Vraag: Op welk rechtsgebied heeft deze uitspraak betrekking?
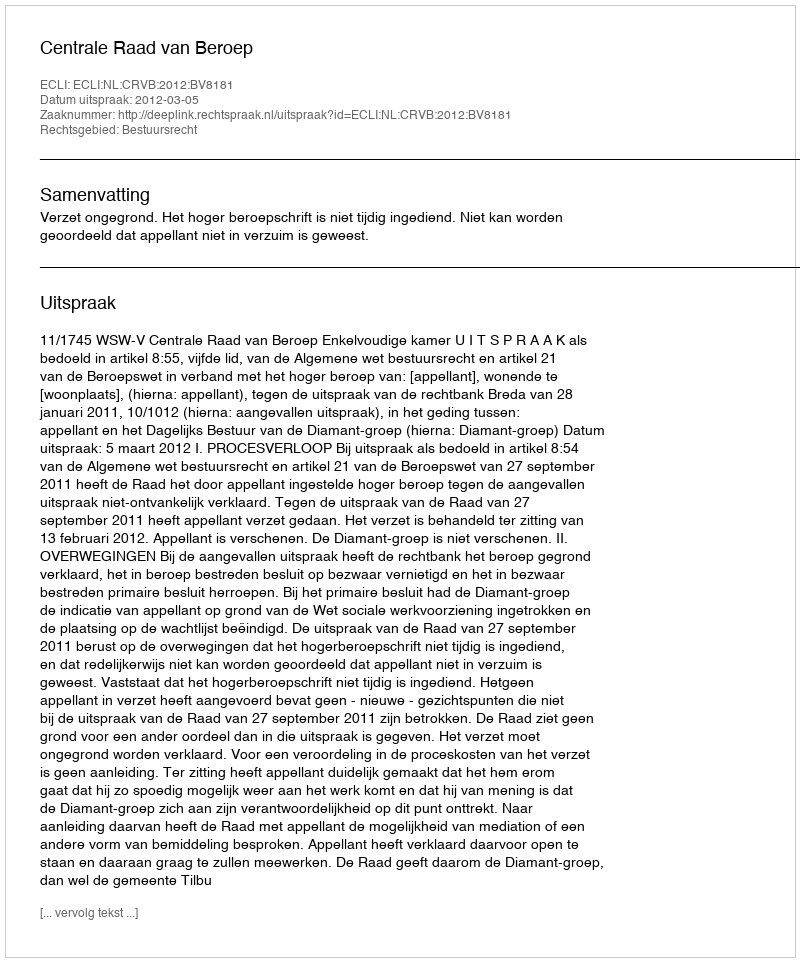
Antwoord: Bestuursrecht